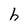
Character: h